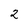
Character: 2